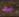
انها